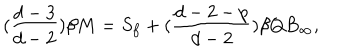
( \frac { d - 3 } { d - 2 } ) \beta M = S _ { f } + ( \frac { d - 2 - p } { d - 2 } ) \beta Q B _ { \infty } ,